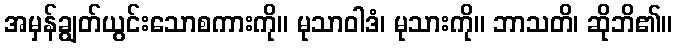
အမှန်ချွတ်ယွင်းသောစကားကို။ မုသာဝါဒံ၊ မုသားကို။ ဘာသတိ၊ ဆိုဘိ၏။